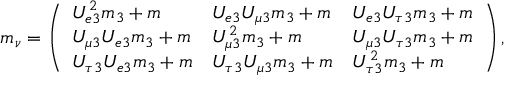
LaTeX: m _ { \nu } = \left( \begin{array} { l l l } { { U _ { e 3 } ^ { 2 } m _ { 3 } + m } } & { { U _ { e 3 } U _ { \mu 3 } m _ { 3 } + m } } & { { U _ { e 3 } U _ { \tau 3 } m _ { 3 } + m } } \\ { { U _ { \mu 3 } U _ { e 3 } m _ { 3 } + m } } & { { U _ { \mu 3 } ^ { 2 } m _ { 3 } + m } } & { { U _ { \mu 3 } U _ { \tau 3 } m _ { 3 } + m } } \\ { { U _ { \tau 3 } U _ { e 3 } m _ { 3 } + m } } & { { U _ { \tau 3 } U _ { \mu 3 } m _ { 3 } + m } } & { { U _ { \tau 3 } ^ { 2 } m _ { 3 } + m } } \end{array} \right) ,